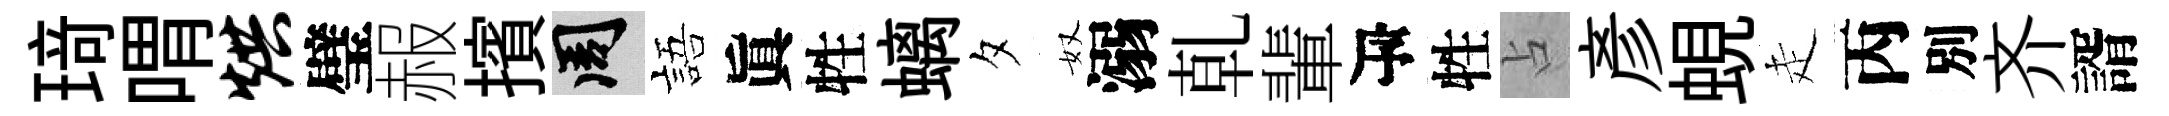
𤦺喟烘璧赧擯周語眞牲螭夕奴溺乹輩瓴牲占彥蜆走丙別齐諝